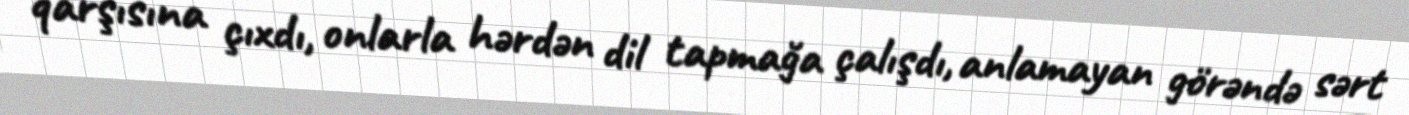
qarşısına çıxdı, onlarla hərdən dil tapmağa çalışdı, anlamayan görəndə sərt